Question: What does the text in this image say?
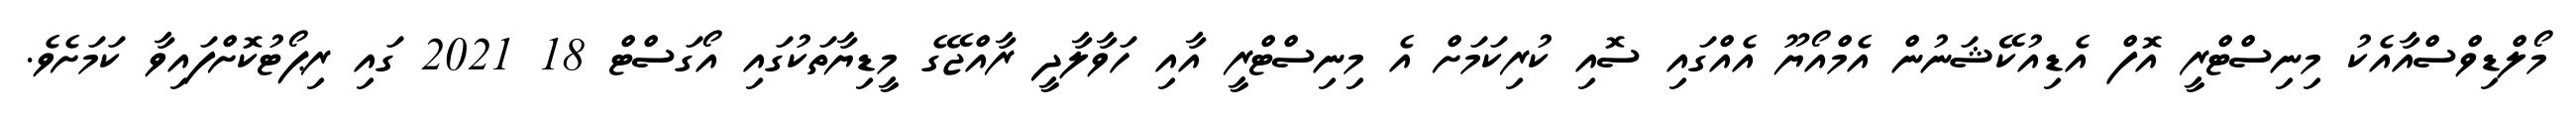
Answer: މޯލްޑިވްސްއާއެކު މިނިސްޓްރީ އޮފް އެޑިއުކޭޝަނުން އެމްއޯޔޫ އެއްގައި ސޮއި ކުރިކަމަށް އެ މިނިސްޓްރީ އާއި ހަވާލާދީ ރާއްޖޭގެ މީޑިޔާތަކުގައި އޯގަސްޓް 18 2021 ގައި ރިޕޯޓުކޮށްފައިވާ ކަމަށެވެ.